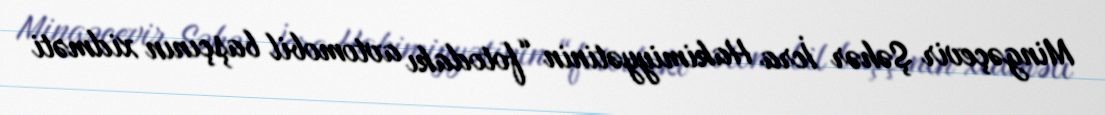
Mingəçevir Şəhər İcra Hakimiyyətinin “fotodakı avtomobil başçının xidməti